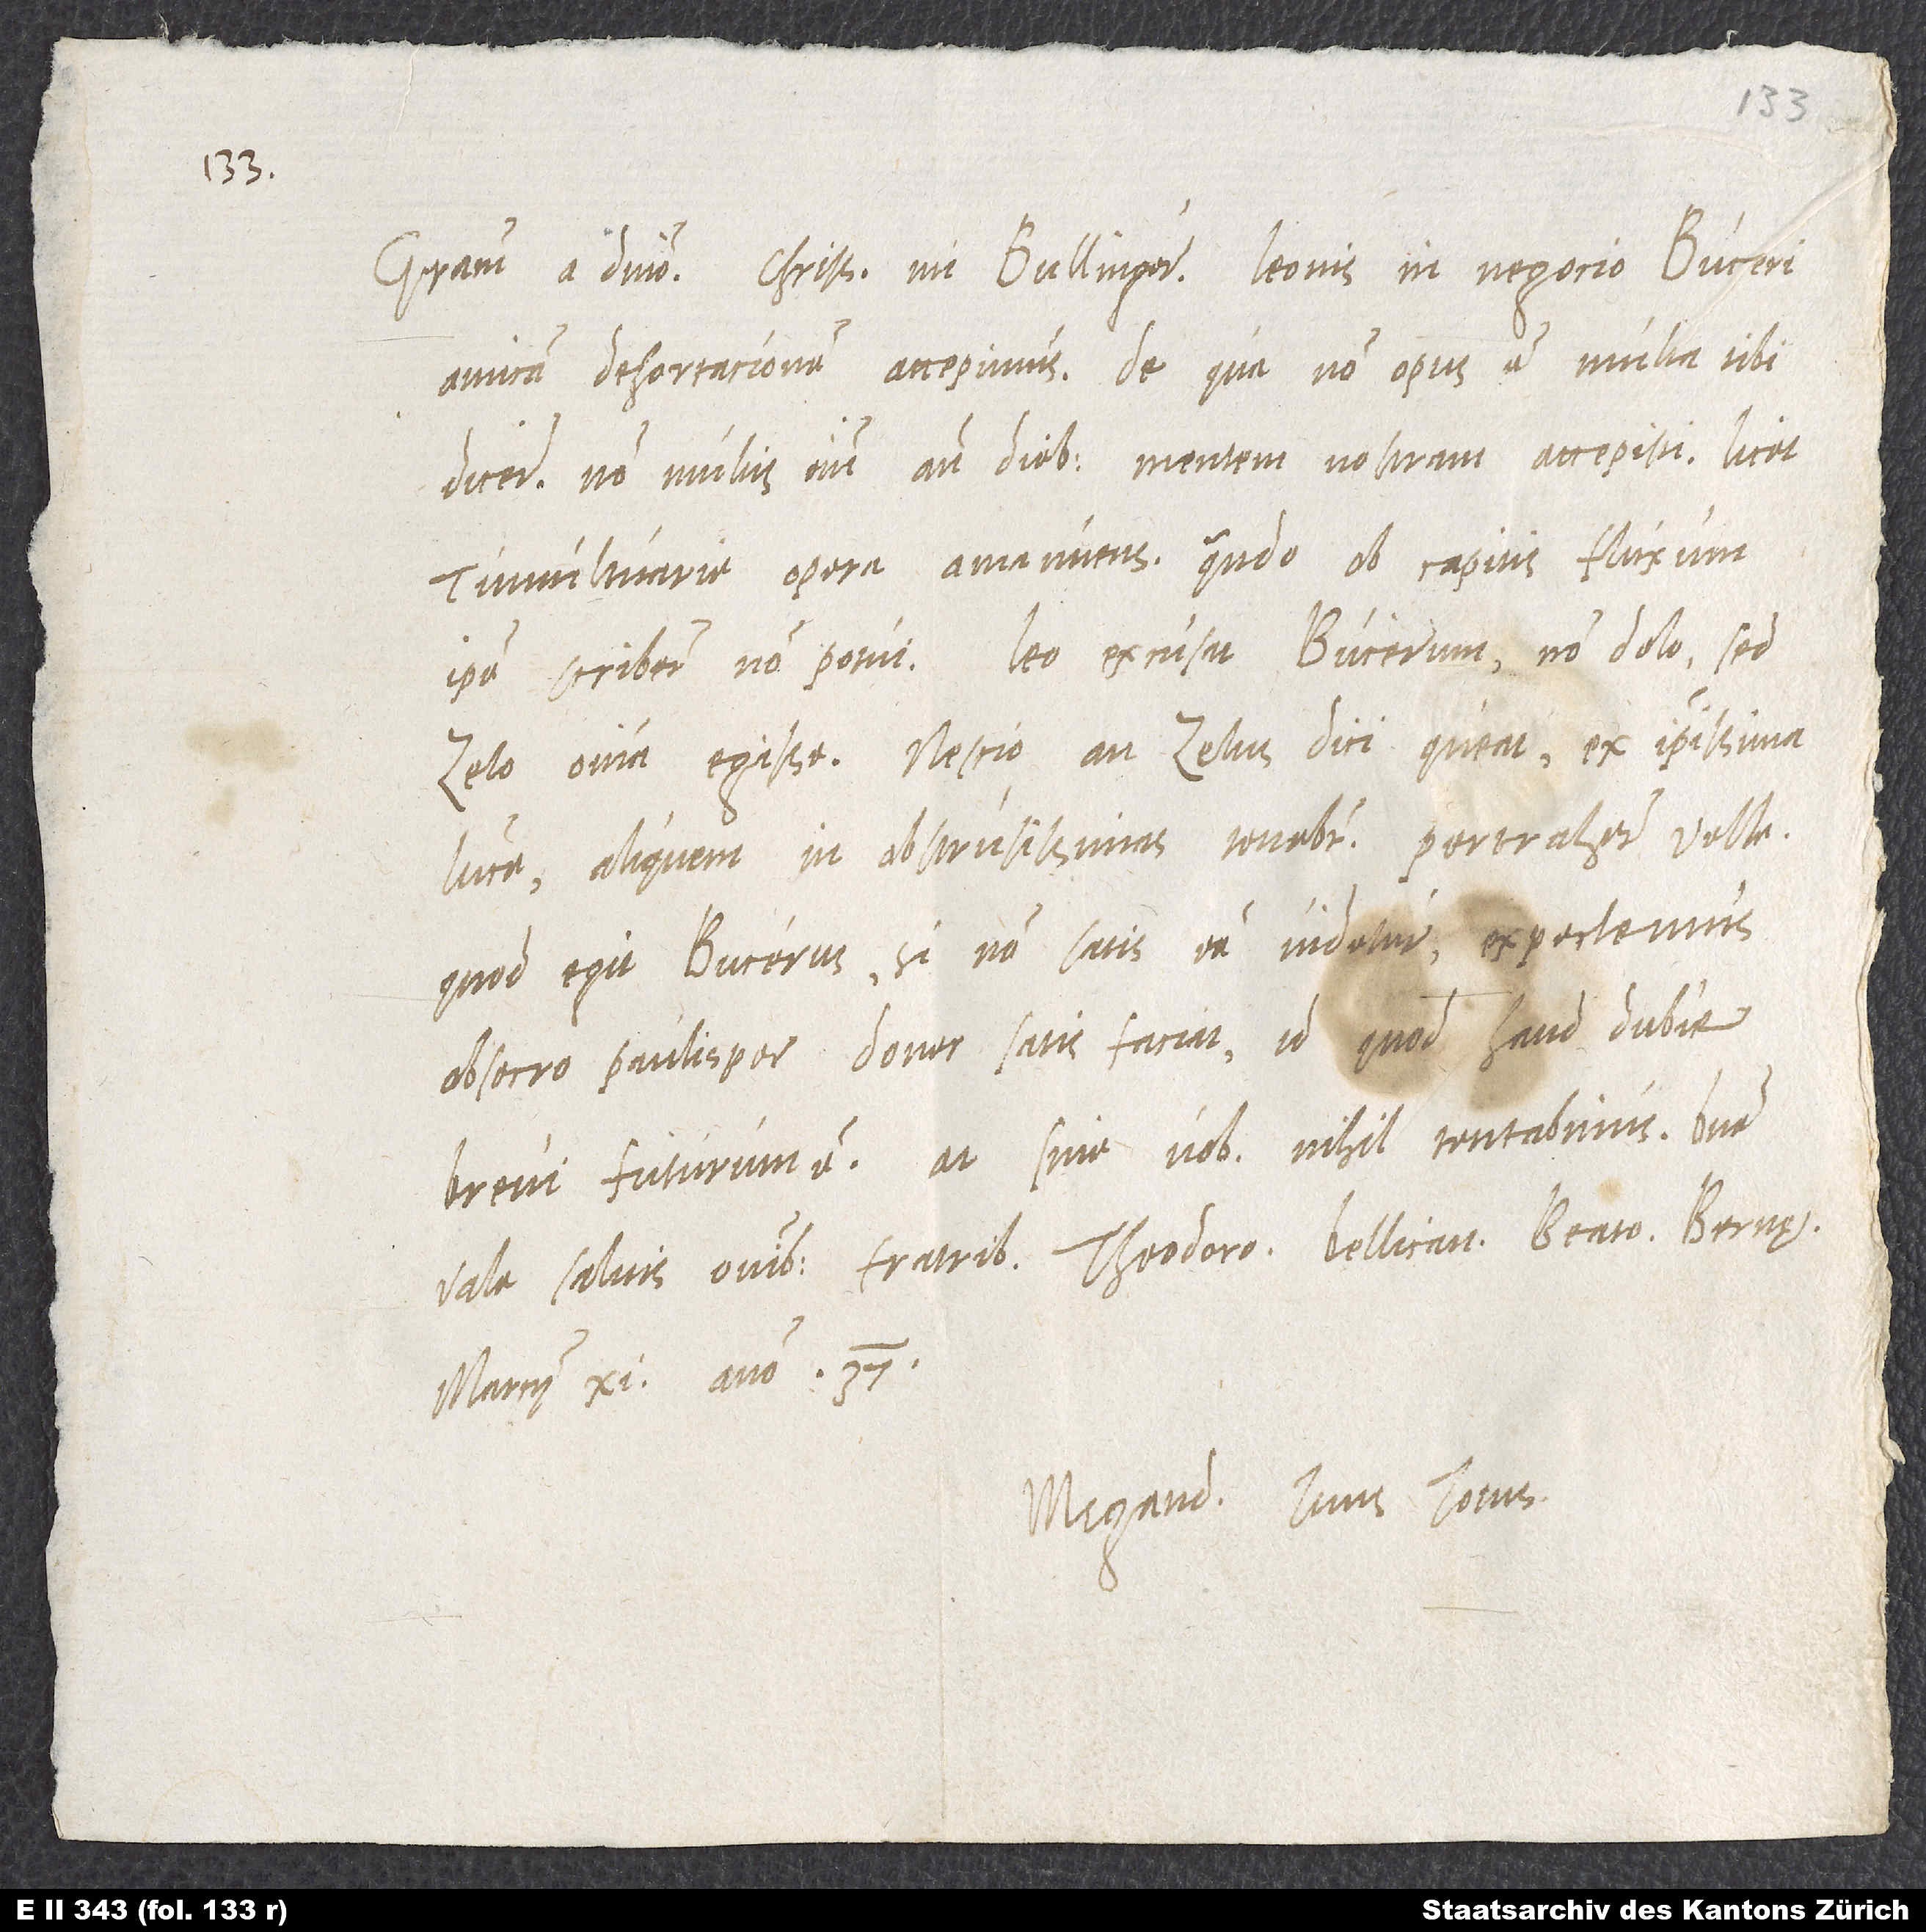
Gratiam a domino, charissime mi Bullingere. Leonis in negocio Buceri
amicam dehortationem accepimus, de qua non opus est multa tibi
dicere. Non multis enim ante diebus mentem nostram accepisti, licet
tumultuarie opera amanuensis, quando ob capitis fluxum
ipse scribere non potui. Leo excusat Bucerum non dolo, sed
zelo omnia egisse. Nescio, an zelus dici queat ex ipsissima
luce aliquem in abstrusissimas tenebras pertrahere velle,
quod egit Bucerus. Si non satis esse videtur, expectemus,
obsecro, paulisper, donec satis faciat, id quod haud dubie
brevi futurum est. At sine vobis nihil tentabimus. Bene
vale salvis omnibus fratribus, Theodoro, Bellicano, Beato. Bernę,
marcii 11. anno 37.
Megander tuus totus.